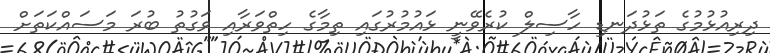
ދިރިއުޅުމުގެ ތަޅުދަނޑި ހާސިލް ކުރެވޭނީ ޅައުމުރުގައި ތިމާގެ ހިތްވަރާއި ވަގުތު ބުރަ މަސައްކަތަށް